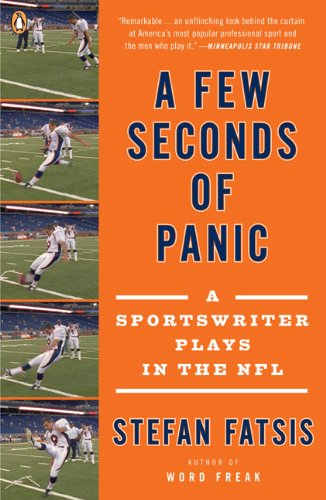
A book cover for A Few Seconds of Panic: A Sportswriter Plays in the NFL; Stefan Fatsis; Sports & Outdoors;